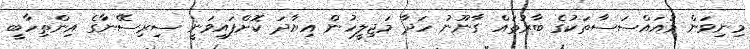
މިނިވަން މުއައްސަސާތަކުގެ ބާރުތައް ގާނޫނު ހަދާ މަޖިލީހުން އިޔާދަ ކޮށްފައިވަނީ ސިރިސޭނާގެ އިންތިހާބީ